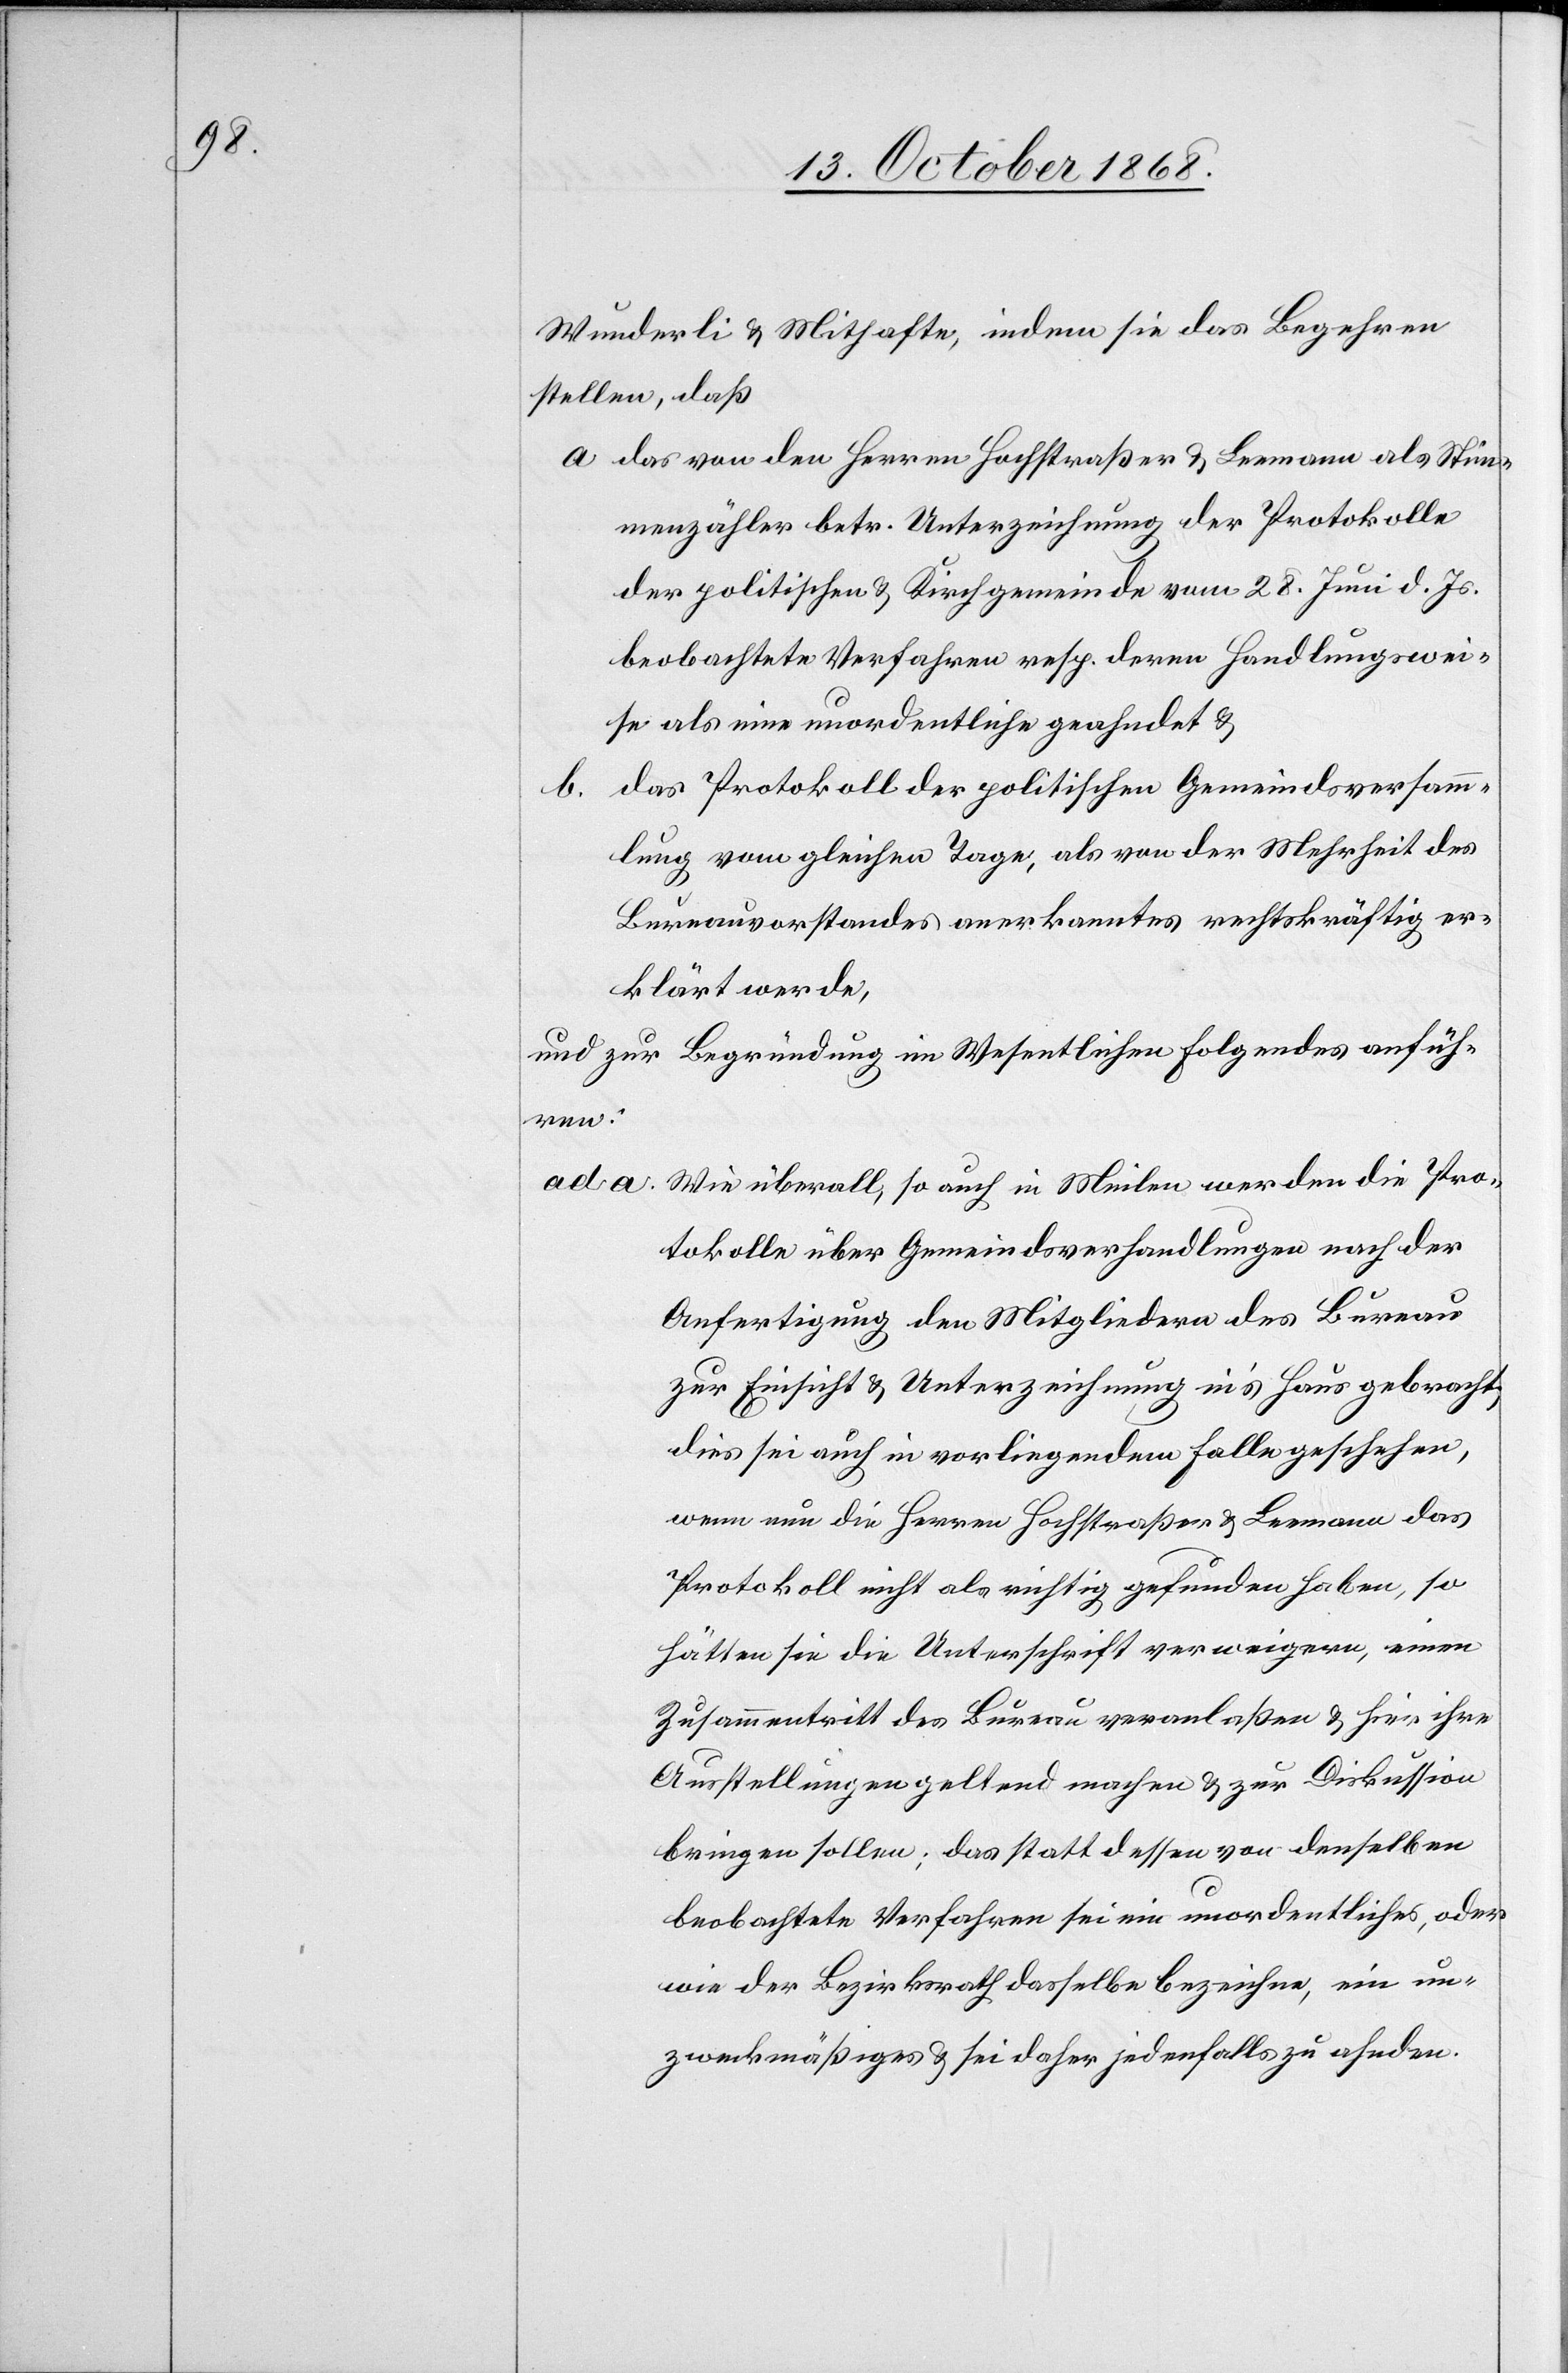
Wunderli & Mithafte, indem sie das Begehren
stellen, daß
das von den Herren Hochstraßer & Leemann als Stim¬
menzähler betr. Unterzeichnung der Protokolle
der politischen & Kirchgemeinde vom 28. Juni d. Js.
beobachtete Verfahren resp. deren Handlungswei¬
se als eine unordentliche geahndet &
b.
das Protokoll der politischen Gemeindsversamm¬
lung vom gleichen Tage, als von der Mehrheit des
Bureauvorstandes anerkanntes rechtskräftig er¬
klärt werde,
und zur Begründung im Wesentlichen Folgendes anfüh¬
ren:
Wie überall, so auch in Meilen werden die Pro¬
tokolle über Gemeindsverhandlungen nach der
Anfertigung den Mitgliedern des Bureau
zur Einsicht & Unterzeichnung in’s Haus gebracht,
dies sei auch in vorliegendem Falle geschehen,
wenn nun die Herren Hochstraßer & Leemann das
Protokoll nicht als richtig gefunden haben, so
hätten sie die Unterschrift verweigern, einen
Zusammentritt des Bureau veranlaßen & hier ihre
Ausstellungen geltend machen & zur Diskussion
bringen sollen; das statt dessen von denselben
beobachtete Verfahren sei ein unordentliches, oder
wie der Bezirksrath dasselbe bezeichne, ein un¬
zweckmäßiges & sei daher jedenfalls zu ahnden.